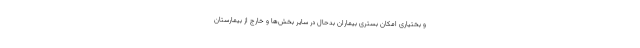
و بختیاری امکان بستری بیماران بدحال در سایر بخش‌ها و خارج از بیمارستان